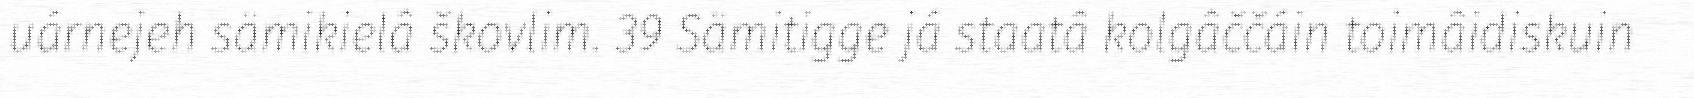
uárnejeh sämikielâ škovlim. 39 Sämitigge já staatâ kolgâččáin toimâidiskuin